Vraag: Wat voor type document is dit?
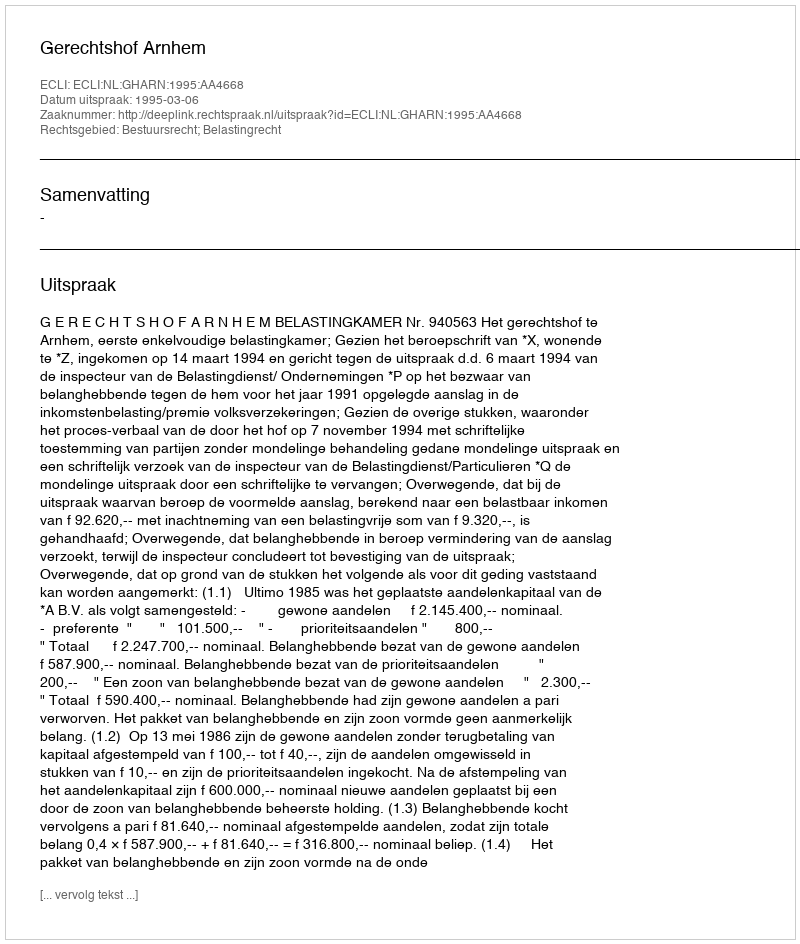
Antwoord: Uitspraak